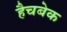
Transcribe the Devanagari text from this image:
हैचबेक